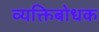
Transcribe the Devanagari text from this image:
व्यक्तिबोधक